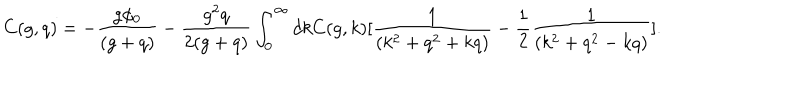
LaTeX: C ( g , q ) = - { \frac { g \phi _ { 0 } } { ( g + q ) } } - { \frac { g ^ { 2 } q } { 2 ( g + q ) } } \int _ { 0 } ^ { \infty } d k C ( g , k ) [ { \frac { 1 } { ( k ^ { 2 } + q ^ { 2 } + k q ) } } - { \frac { 1 } { 2 } } { \frac { 1 } { ( k ^ { 2 } + q ^ { 2 } - k q ) } } ] .